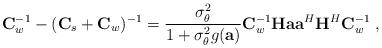
LaTeX: \begin{align*}\mathbf{C}_w^{-1}-(\mathbf{C}_s+\mathbf{C}_w)^{-1}=\frac{\sigma_{\theta}^2}{1+\sigma_{\theta}^2g(\mathbf{a})}\mathbf{C}_w^{-1}\mathbf{H}\mathbf{a}\mathbf{a}^H\mathbf{H}^H\mathbf{C}_w^{-1}\;,\end{align*}